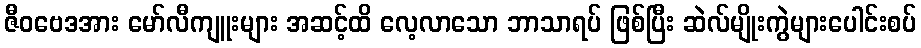
ဇီဝဗေဒအား မော်လီကျူးများ အဆင့်ထိ လေ့လာသော ဘာသာရပ် ဖြစ်ပြီး ဆဲလ်မျိုးကွဲများပေါင်းစပ်